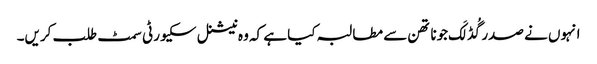
انہوں نے صدر گُڈ لَک جوناتھن سے مطالبہ کیا ہے کہ وہ نیشنل سکیورٹی سمٹ طلب کریں۔